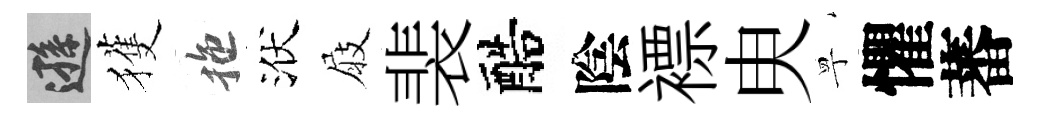
遜獲拖洑屐裴醅陰褾㬰寧懼蕃